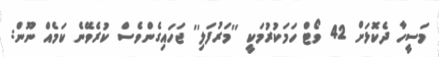
މަސީހާ ދެކޮޅަށް 42 ވޯޓް ހަމަކުރުމަކީ ''މަރުފަލި'' ޖަހައިގެންވެސް ކުރެވޭނެ ކަމެއް ނޫން: